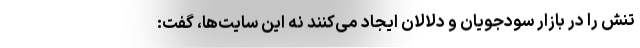
تنش را در بازار سودجویان و دلالان ایجاد می‌کنند نه این سایت‌ها، گفت: